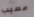
مصيب